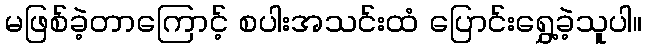
မဖြစ်ခဲ့တာကြောင့် စပါးအသင်းထံ ပြောင်းရွှေ့ခဲ့သူပါ။